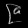
Digit: ၉